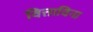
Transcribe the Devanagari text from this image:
वित्ताविना